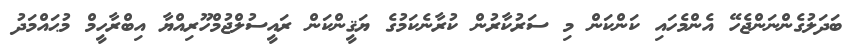
ބަދަލުގެންނަންޖެހޭ އެންމެހައި ކަންކަން މި ސަރުކާރުން ކުރާނެކަމުގެ ޔަޤީންކަން ރައީސުލްޖުމްހޫރިއްޔާ އިބްރާހީމް މުޙައްމަދު